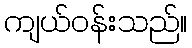
ကျယ်ဝန်းသည်။